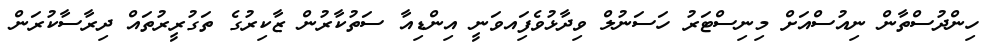
ހިންދުސްތާން ނިއުސްއަށް މިނިސްޓަރު ހަސަނުލް ވިދާޅުވެފަިއވަނީ އިންޑިއާ ސަތުކާރުން ޒާކިރުގެ ތަގުރީރުތައް ދިރާސާކުރަން